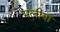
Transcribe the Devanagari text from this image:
मलीवा